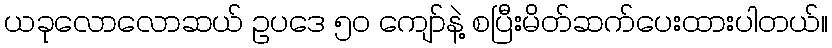
ယခုလောလောဆယ် ဥပဒေ ၅၀ ကျော်နဲ့ စပြီးမိတ်ဆက်ပေးထားပါတယ်။